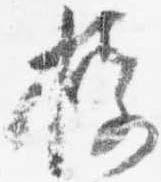
授